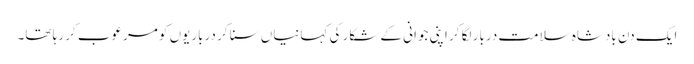
ایک دن بادشاہ سلامت دربار لگا کر اپنی جوانی کے شکار کی کہانیاں سنا کر درباریوں کو مرعوب کر رہا تھا۔